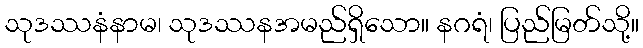
သုဒဿနံနာမ၊ သုဒဿနအမည်ရှိသော။ နဂရံ၊ ပြည်မြတ်သို့။